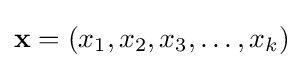
\mathbf {x} =(x_{1},x_{2},x_{3},\dotsc ,x_{k})